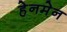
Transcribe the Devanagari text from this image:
हेनमेन